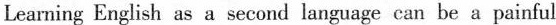
Learning English as a second language can be a painful